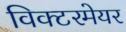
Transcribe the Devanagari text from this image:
विक्टरमेयर